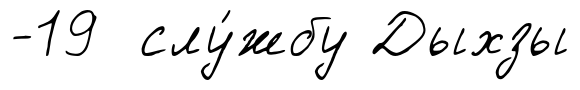
-19 слу́жбу Дыхзы